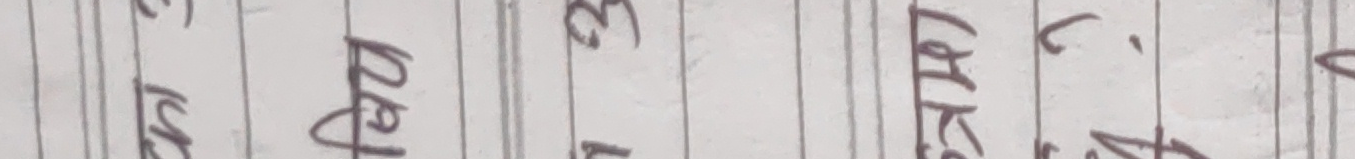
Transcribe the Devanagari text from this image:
सम्छन् पठाइ छ लेक ठमा